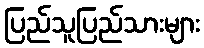
ပြည်သူပြည်သားများ